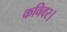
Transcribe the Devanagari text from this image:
कविवर।